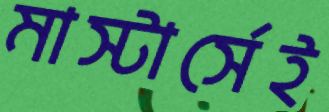
মাস্টার্সেই